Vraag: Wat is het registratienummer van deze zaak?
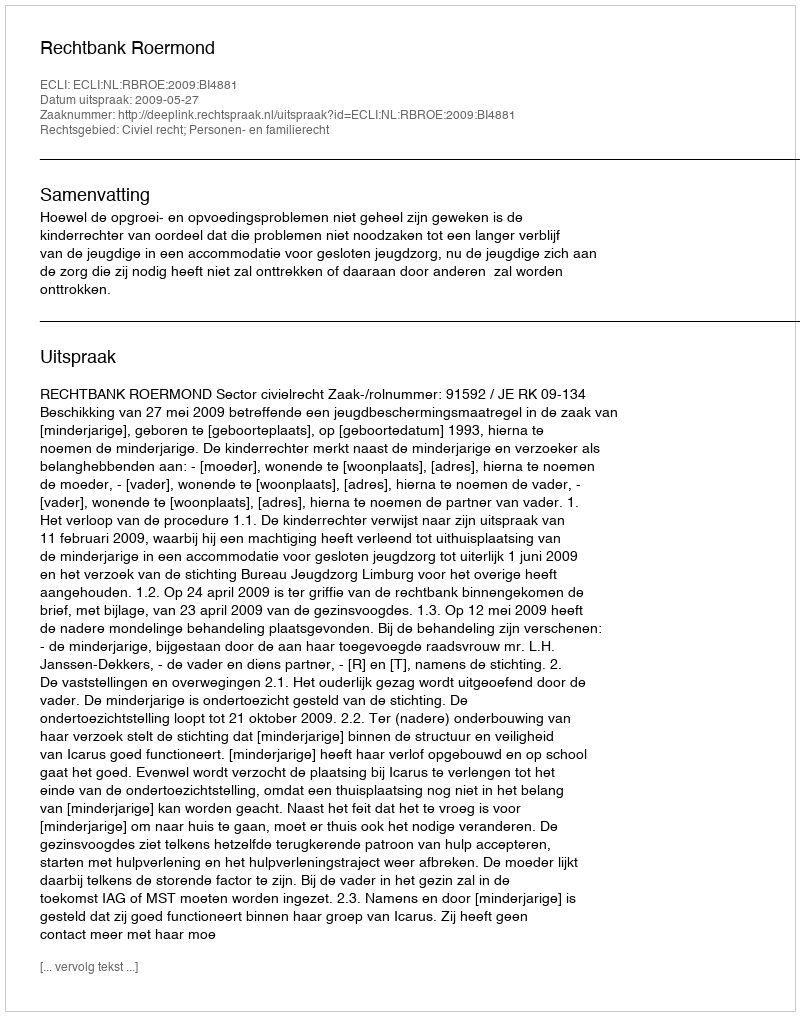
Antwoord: http://deeplink.rechtspraak.nl/uitspraak?id=ECLI:NL:RBROE:2009:BI4881